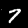
Label: 7